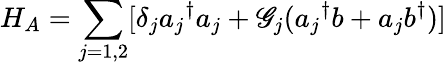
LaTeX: H_{A}=\sum_{j=1,2}[\delta_{j}{a_{j}}^{\dagger}a_{j}+\mathscr{G}_{j}({a_{j}}^{\dagger}b+a_{j}b^{\dagger})]